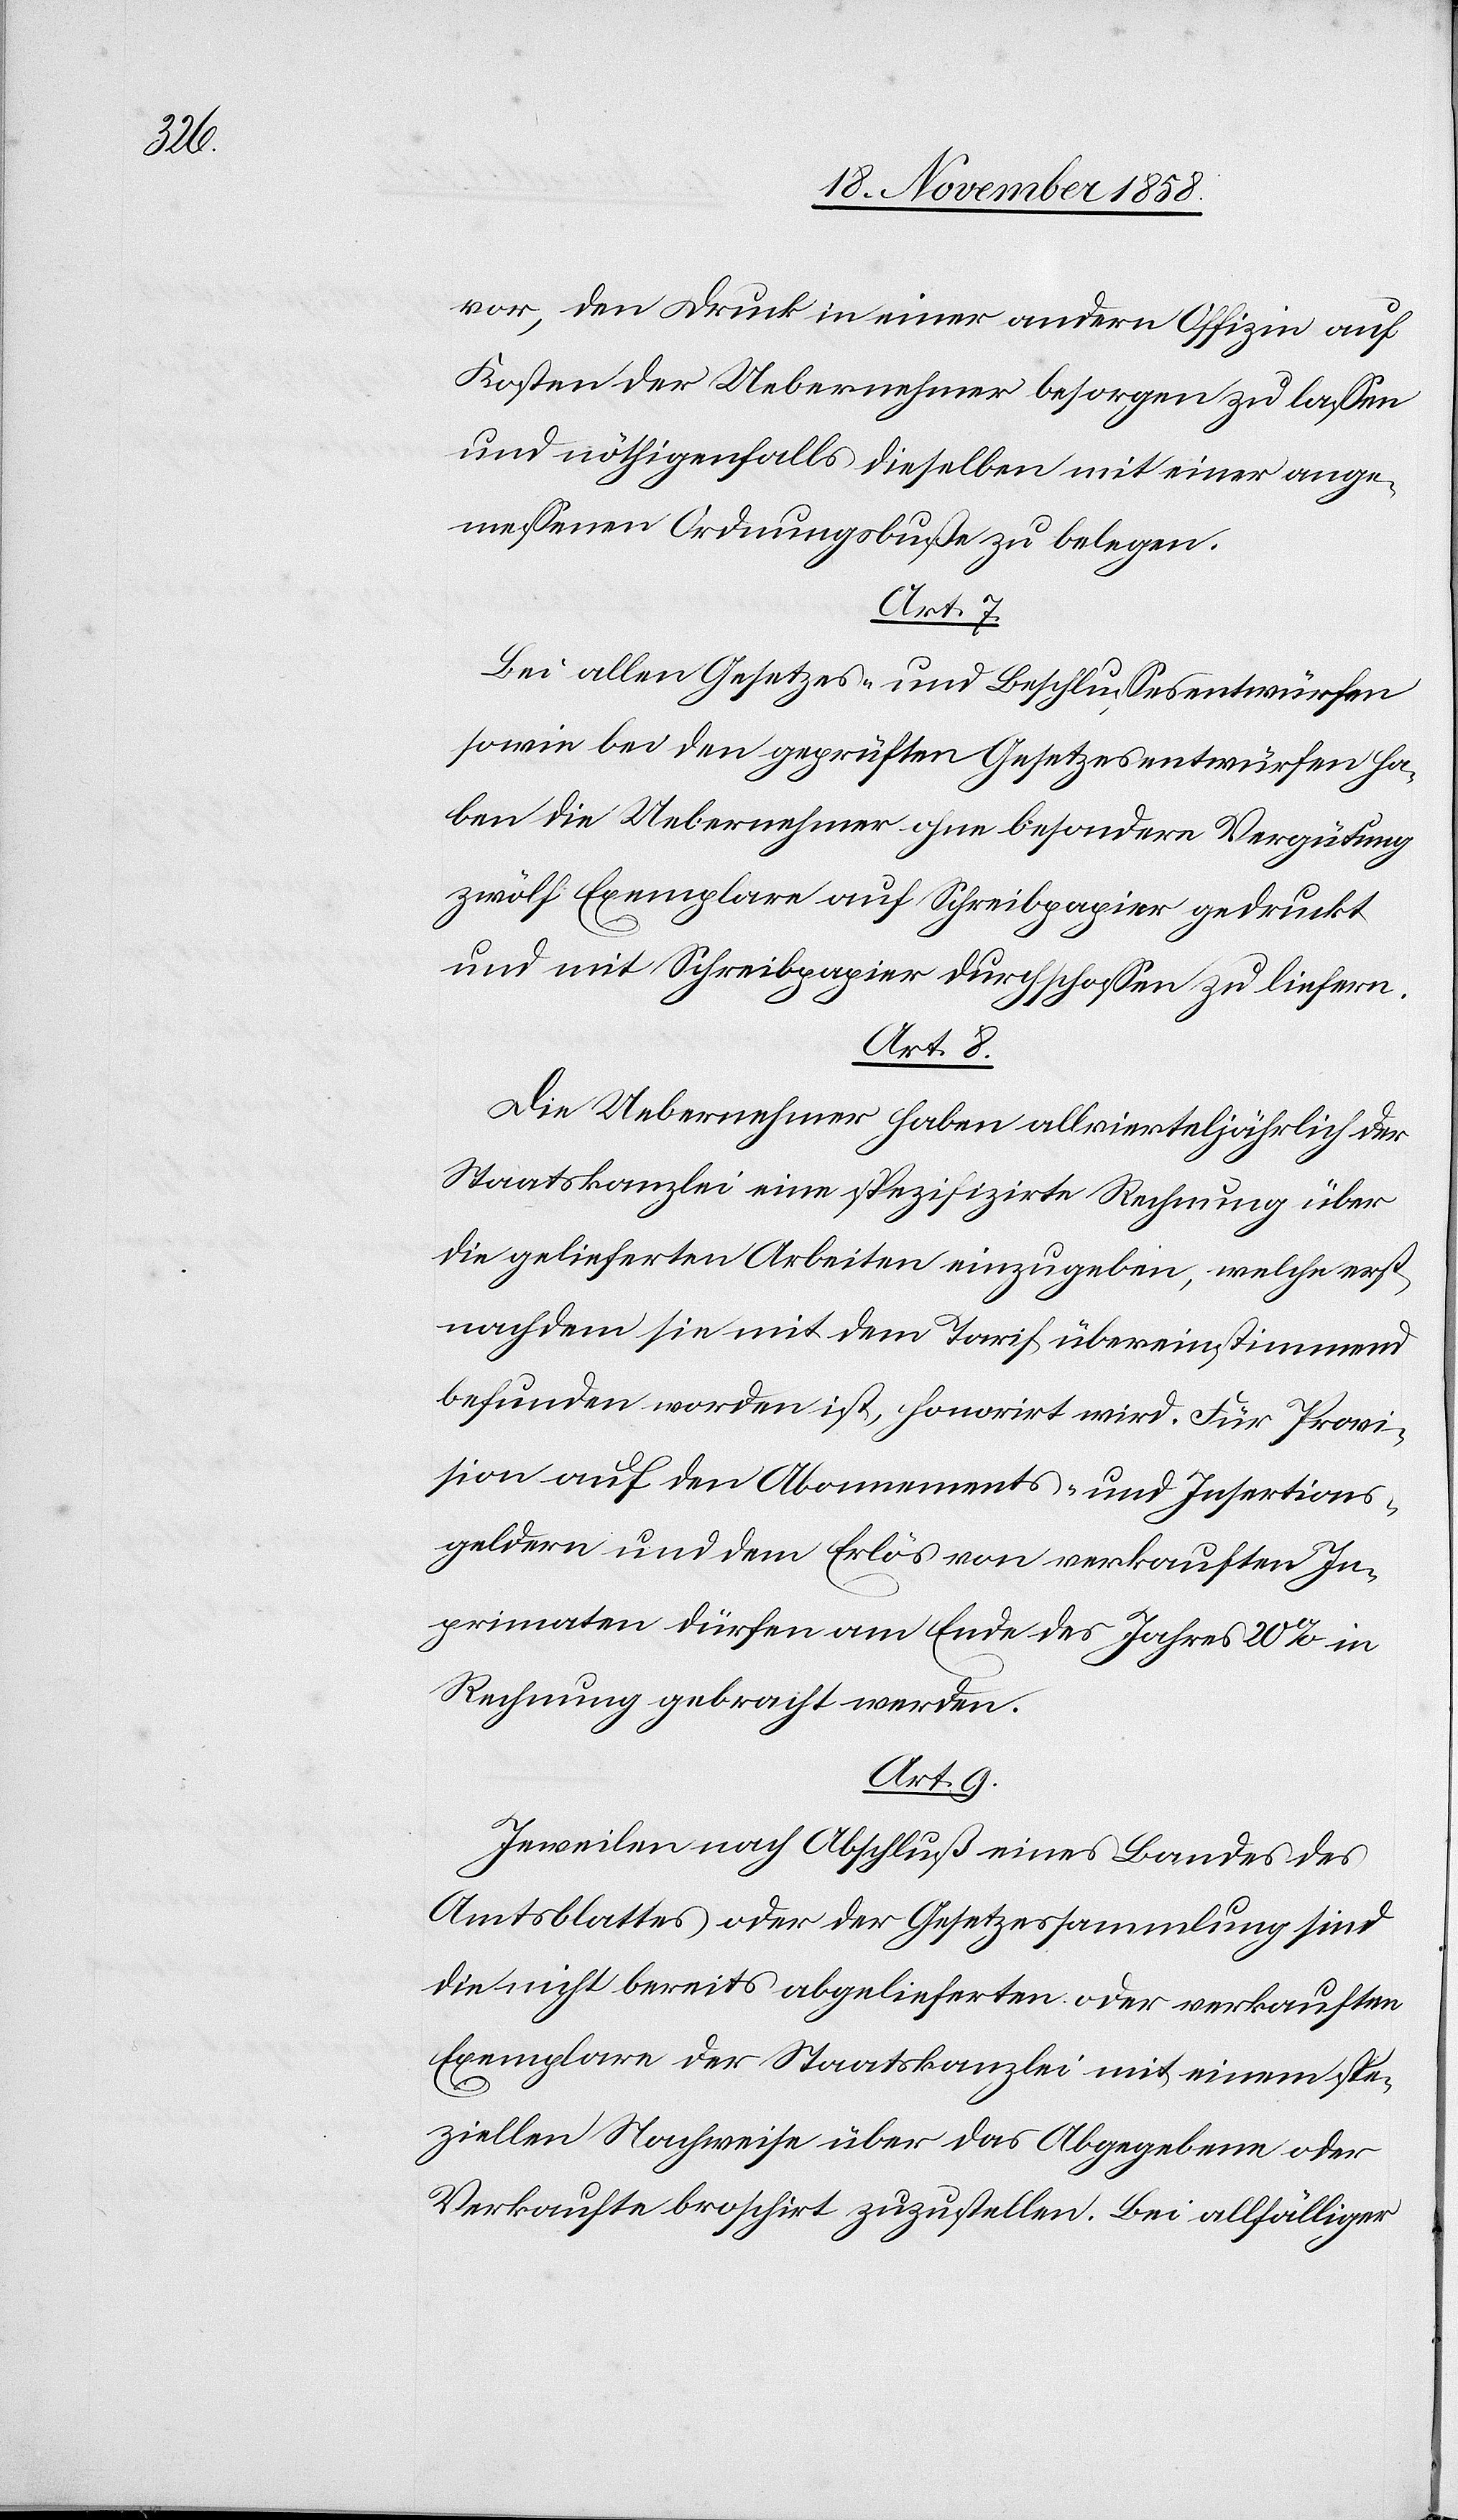
vor, den Druck in einer andern Offizin auf
Kosten der Uebernehmer besorgen zu lassen
und nöthigenfalls dieselben mit einer ange¬
messenen Ordnungsbuße zu belegen.
Art. 7.
Bei allen Gesetzes- und Beschlussesentwürfen
sowie bei den geprüften Gesetzesentwürfen ha¬
ben die Uebernehmer ohne besondere Vergütung
zwölf Exemplare auf Schreibpapier gedruckt
und mit Schreibpapier durchschossen zu liefern.
Art. 8.
Die Uebernehmer haben allvierteljährlich der
Staatskanzlei eine spezifizirte Rechnung über
die gelieferten Arbeiten einzugeben, welche erst
nachdem sie mit dem Tarif übereinstimmend
befunden worden ist, honorirt wird. Für Provi¬
sion auf den Abonnements- und Insertions¬
geldern und dem Erlös von verkauften In¬
primaten dürfen am Ende des Jahres 20% in
Rechnung gebracht werden.
Art. 9.
Jeweilen nach Abschluß eines Bandes des
Amtsblattes oder der Gesetzessammlung sind
die nicht bereits abgelieferten oder verkauften
Exemplare der Staatskanzlei mit einem spe¬
ziellen Nachweise über das Abgegebene oder
Verkaufte broschirt zuzustellen. Bei allfälliger